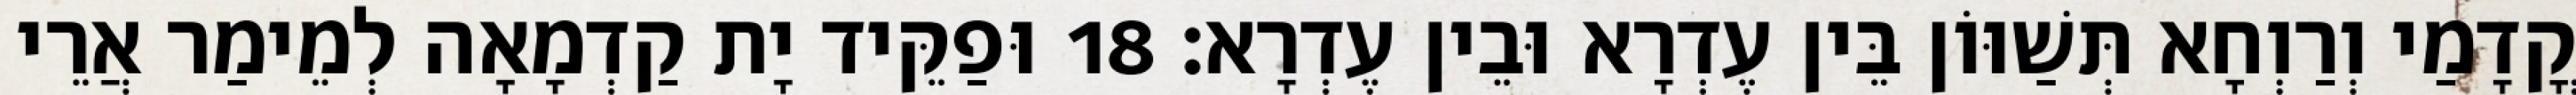
קֳדָמַי וְרַוְחָא תְּשַׁוּוֹן בֵּין עֶדְרָא וּבֵין עֶדְרָא׃ 18 וּפַקֵּיד יָת קַדְמָאָה לְמֵימַר אֲרֵי